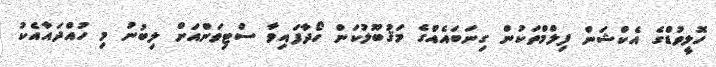
ހޮލީވުޑްގެ އެކްޝަން ފިލްމްތަކުން ގިނަބައެއްގެ މަޤުބޫލުކަން ހޯދާފައިވާ ސްޓިވަންއަށް ލިބުނު މި ހުއްދައާއެކު